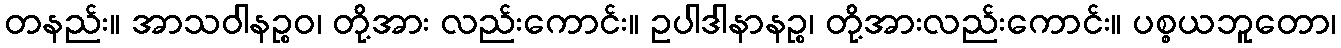
တနည်း။ အာသဝါနဉ္စဝ၊ တို့အား လည်းကောင်း။ ဥပါဒါနာနဉ္စ၊ တို့အားလည်းကောင်း။ ပစ္စယဘူတော၊